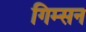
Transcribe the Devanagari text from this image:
गिम्सन